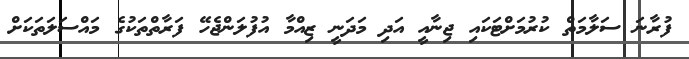
ފުރާނަ ސަލާމަތް ކުރުމަށްޓަކައި ޖިނާއީ އަދި މަދަނީ ޒިއްމާ އުފުލަންޖެހޭ ފަރާތްތަކުގެ މައްސަލަތަކަށް